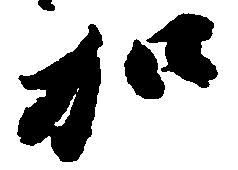
加